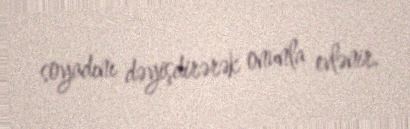
soyadını dəyişdirərək onunla evlənir.